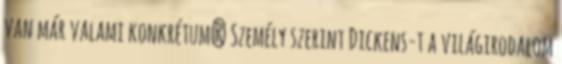
van már valami konkrétum? Személy szerint Dickens-t a világirodalom